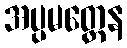
အပ္ပမတ္တေန